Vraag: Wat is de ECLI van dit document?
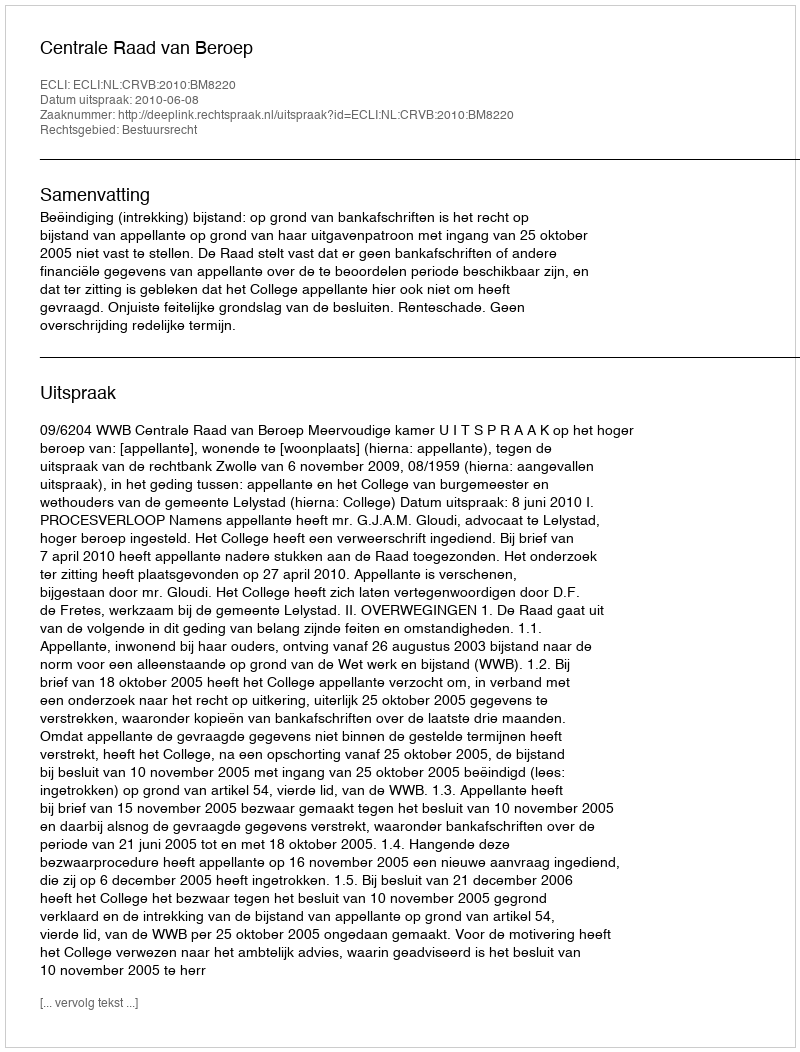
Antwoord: ECLI:NL:CRVB:2010:BM8220